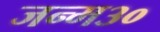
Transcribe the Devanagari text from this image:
जन्म३०